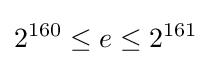
2^{160}\leq e\leq 2^{161}